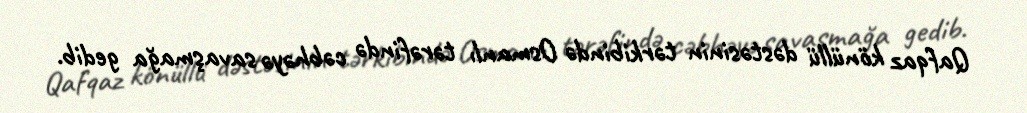
Qafqaz könüllü dəstəsinin tərkibində Osmanlı tərəfində cəbhəyə savaşmağa gedib.